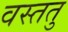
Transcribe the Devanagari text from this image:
वस्ततु